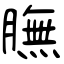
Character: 膴